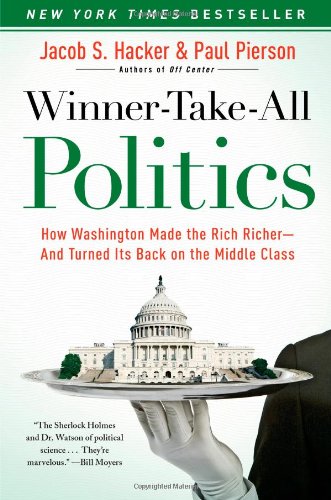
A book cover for Winner-Take-All Politics: How Washington Made the Rich Richer--and Turned Its Back on the Middle Class; Jacob S. Hacker; Business & Money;